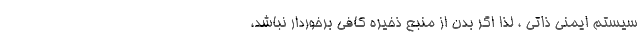
سیستم ایمنی ذاتی ، لذا اگر بدن از منبع ذخیره کافی برخوردار نباشد،